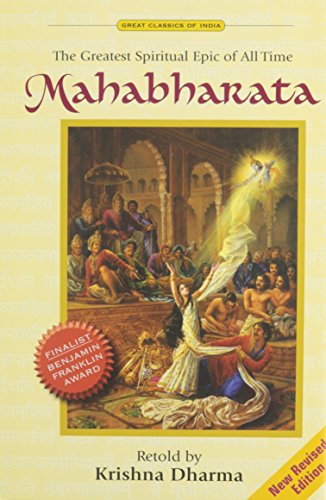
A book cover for Mahabharata: The Greatest Spiritual Epic of All Time; Krishna Dharma; Literature & Fiction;